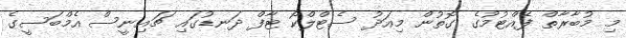
މި މުބާރާތް ފެއްޓުމުގެ ގޮތުން މިއަދު ސެޓްލްކޯ ޓާފް ދަނޑުގައި ޗައިނީސް އެމްބަސީގެ